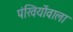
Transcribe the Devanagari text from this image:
पंखियोंवाला